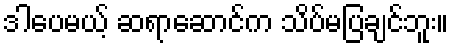
ဒါပေမယ့် ဆရာဆောင်က သိပ်မပြချင်ဘူး။